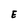
Character: E